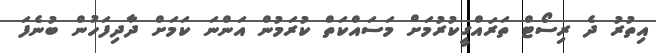
އިތުރު ދެ ރިސޯޓް ތަރައްގީކުރުމަށް މަސައްކަތް ކުރަމުން އަންނަ ކަމަށް ދާދިފަހުން ބުނެފަ